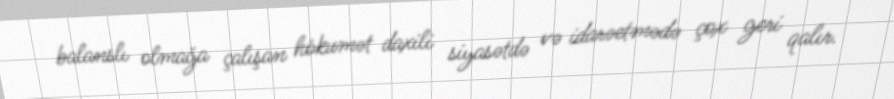
balanslı olmağa çalışan hökumət daxili siyasətdə və idarəetmədə çox geri qalır.